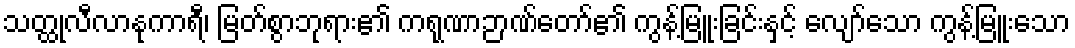
သတ္ထုလီလာနုကာရီ၊ မြတ်စွာဘုရား၏ ကရုဏာဉာဏ်တော်၏ ကွန့်မြူးခြင်းနှင့် လျော်သော ကွန့်မြူးသော